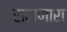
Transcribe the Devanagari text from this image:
राहाणारा